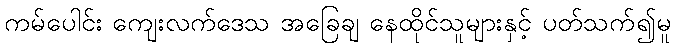
ကမ်ပေါင်း ကျေးလက်ဒေသ အခြေချ နေထိုင်သူများနှင့် ပတ်သက်၍မူ